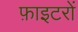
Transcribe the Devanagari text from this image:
फ़ाइटरों